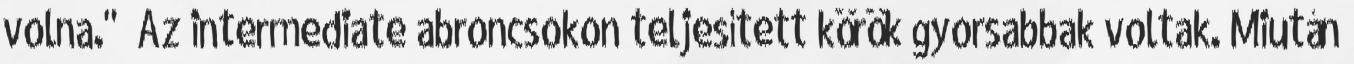
volna." „Az intermediate abroncsokon teljesített körök gyorsabbak voltak. Miután